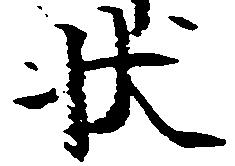
状